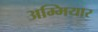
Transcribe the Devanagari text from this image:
अम्मियार